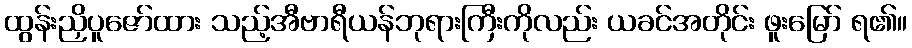
ထွန်းညှိပူဇော်ထား သည့်အီဗာရီယန်ဘုရားကြီးကိုလည်း ယခင်အတိုင်း ဖူးမြော် ရ၏။